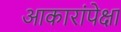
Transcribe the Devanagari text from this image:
आकारांपेक्षा